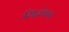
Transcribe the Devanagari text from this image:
सिद्धंकने